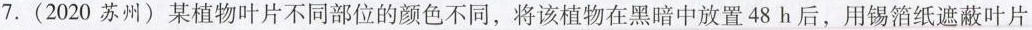
7.(2020苏州)某植物叶片不同部位的颜色不同，将该植物在黑暗中放置48h后，用锡箔纸遮蔽叶片